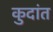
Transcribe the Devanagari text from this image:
कुदांत